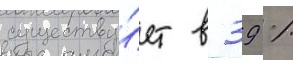
существу́ет в 39 %